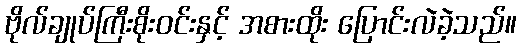
ဗိုလ်ချုပ်ကြီးစိုးဝင်းနှင့် အစားထိုး ပြောင်းလဲခဲ့သည်။